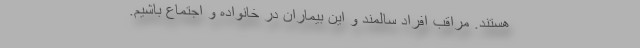
هستند. مراقب افراد سالمند و این بیماران در خانواده و اجتماع باشیم.